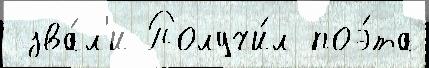
 зва́л'и Получи́л поэ́та